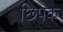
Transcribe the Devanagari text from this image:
छिपके